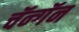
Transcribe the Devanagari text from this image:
चॅन्गॅन